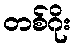
တစ်ဂိုး